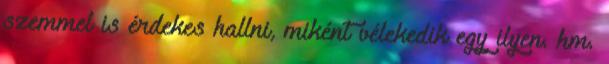
szemmel is érdekes hallni, miként vélekedik egy ilyen. hm.